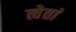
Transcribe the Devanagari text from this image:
त्वेतां